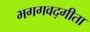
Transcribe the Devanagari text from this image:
भगगवद्गीता